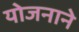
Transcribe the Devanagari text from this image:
योजनाने